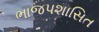
ભાજપશાસિત